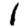
Digit: 1